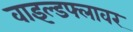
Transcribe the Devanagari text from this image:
वाइल्डफ्लावर